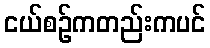
ငယ်စဉ်ကတည်းကပင်